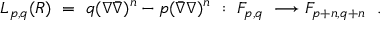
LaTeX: L _ { p , q } ( { \cal R } ) \ = \ q ( \nabla \bar { \nabla } ) ^ { n } - p ( \bar { \nabla } \nabla ) ^ { n } \ : \ { \cal F } _ { p , q } \ \longrightarrow { \cal F } _ { p + n , q + n } \ \ .